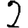
Digit: 2